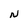
Character: N